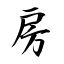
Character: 房